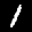
Label: 1